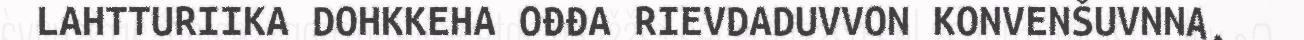
LAHTTURIIKA DOHKKEHA OĐĐA RIEVDADUVVON KONVENŠUVNNA,